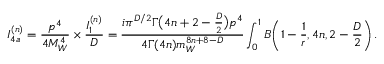
I _ { 4 a } ^ { ( n ) } = \frac { p ^ { 4 } } { 4 M _ { W } ^ { 4 } } \times \frac { I _ { 1 } ^ { ( n ) } } { D } = \frac { i \pi ^ { D / 2 } \Gamma \big ( 4 n + 2 - \frac { D } { 2 } \big ) p ^ { 4 } } { 4 \Gamma ( 4 n ) m _ { W } ^ { 8 n + 8 - D } } \int _ { 0 } ^ { 1 } B \bigg ( 1 - \frac { 1 } { r } , 4 n , 2 - \frac { D } { 2 } \bigg ) \, .